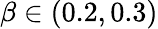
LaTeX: \beta\in(0.2,0.3)